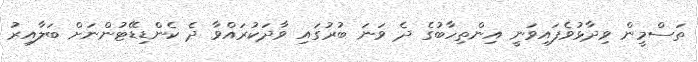
ތަސްމީން ވިދާޅުވެފައިވަނީ އިންތިހާބުގެ ދެ ވަނަ ބުރުގައި ވާދަކުރައްވާ ދެ ކެންޑިޑޭޓުންނަށް ބަލާއިރު